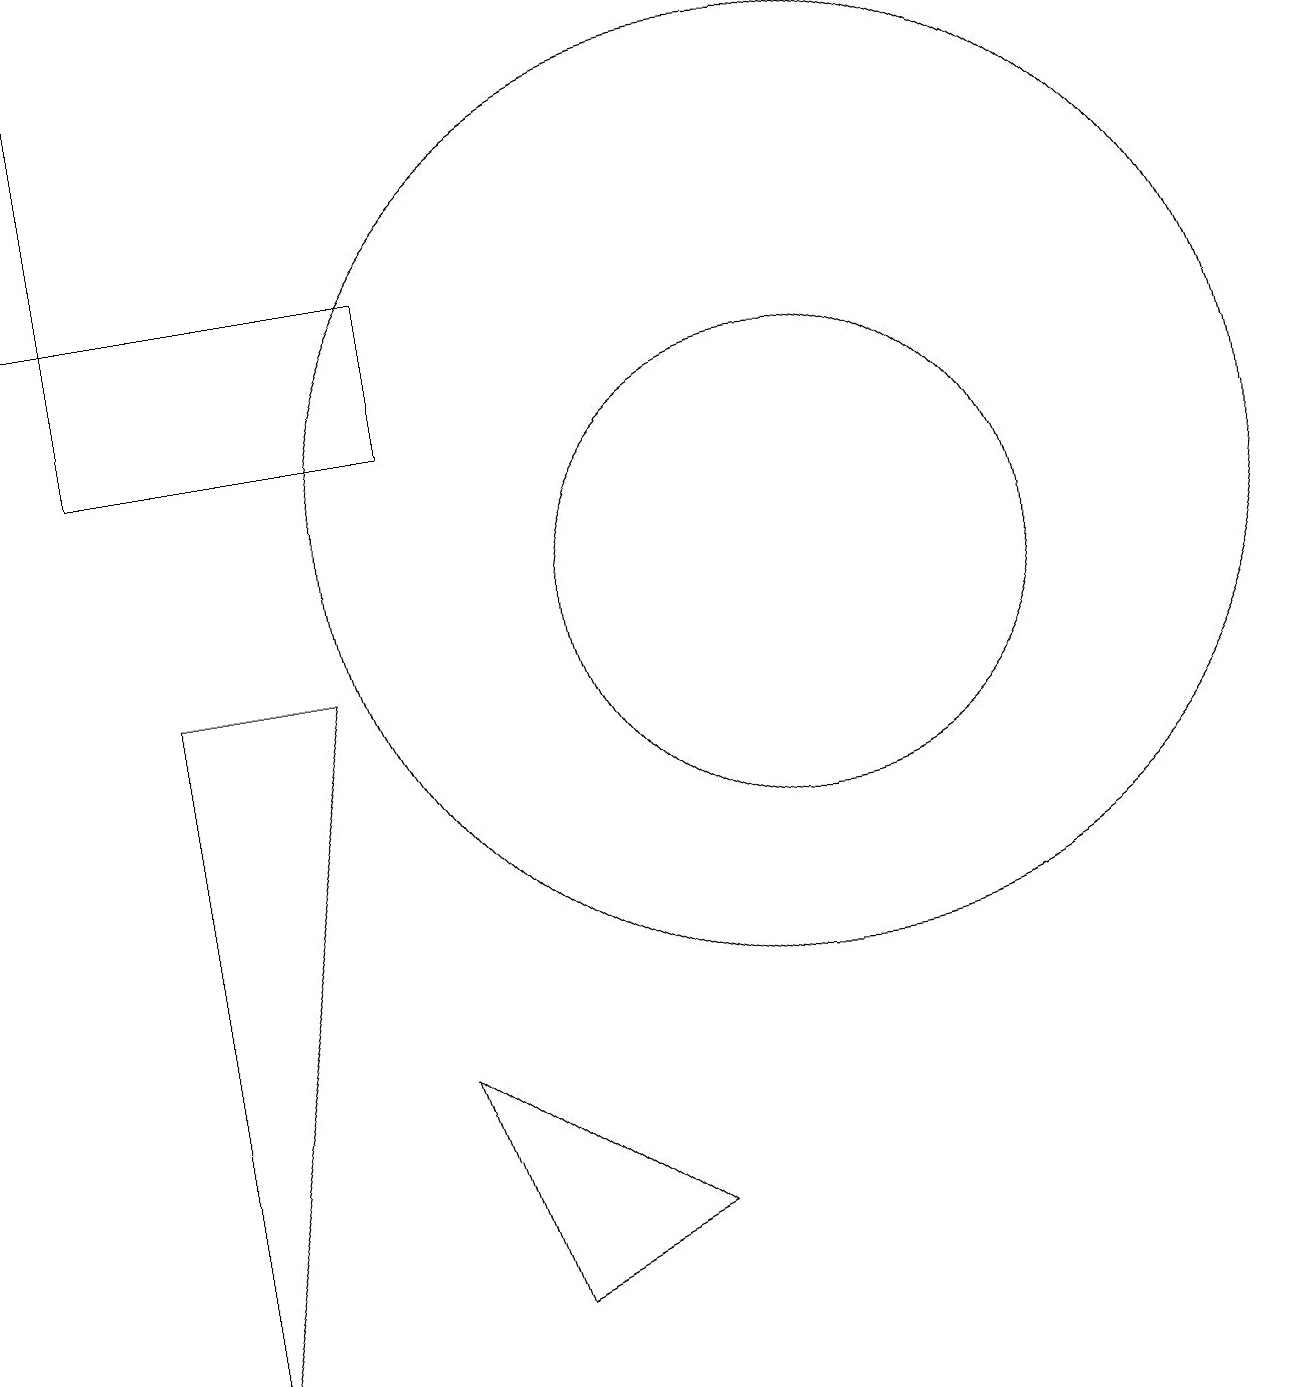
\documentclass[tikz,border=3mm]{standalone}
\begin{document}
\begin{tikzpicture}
\draw (9,2) -- (6,4) -- (7,1) -- cycle;
\draw (11,10) circle (3);
\draw (1,14) rectangle (2,17);
\draw (3,0) -- (5,9) -- (3,9) -- cycle;
\draw (10,10) circle (0);
\draw (6,12) rectangle (2,14);
\draw (11,11) circle (6);
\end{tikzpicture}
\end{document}